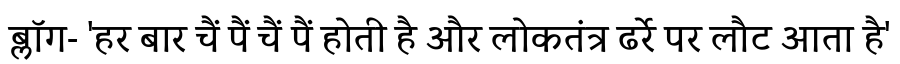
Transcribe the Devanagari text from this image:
ब्लॉग- 'हर बार चैं पैं चैं पैं होती है और लोकतंत्र ढर्रे पर लौट आता है'